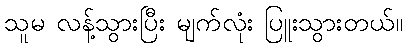
သူမ လန့်သွားပြီး မျက်လုံး ပြူးသွားတယ်။